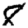
Digit: 8